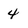
Character: 4